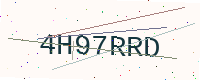
Text: 4H97RRD